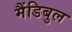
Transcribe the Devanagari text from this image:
मैंडिबुल